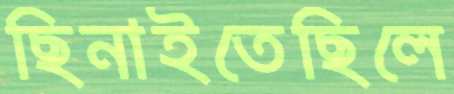
ছিনাইতেছিলে